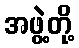
အဖွဲ့တို့